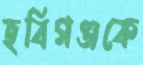
হবিগঞ্জকে